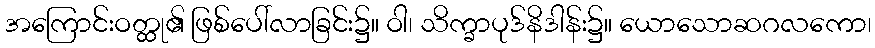
အကြောင်းဝတ္ထု၏ ဖြစ်ပေါ်လာခြင်း၌။ ဝါ၊ သိက္ခာပုဒ်နိဒါန်း၌။ ယောသောဆဂလကော၊